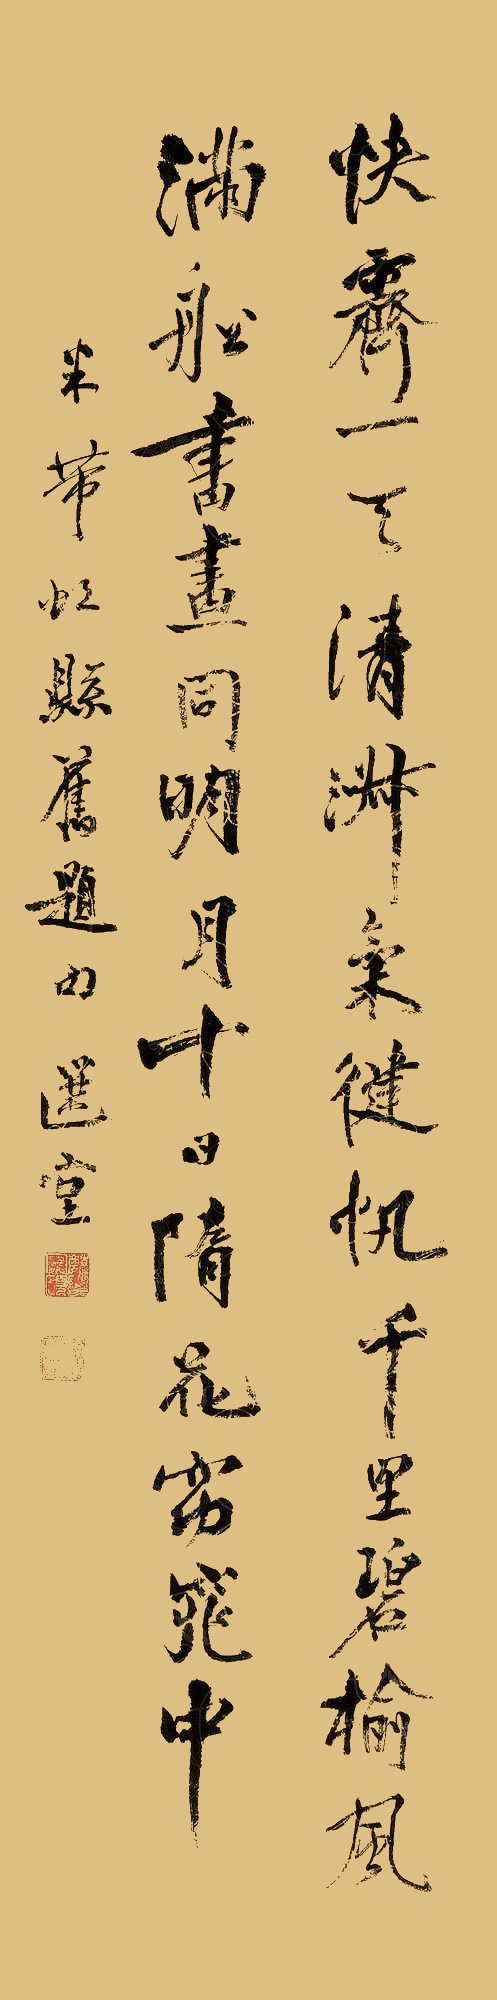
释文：快霁一天清淑气，健帆千里碧榆风。满舡书画同明月，十日陏花窈窕中。米芾虹县旧题句，选堂。